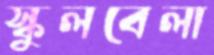
স্কুলবেলা